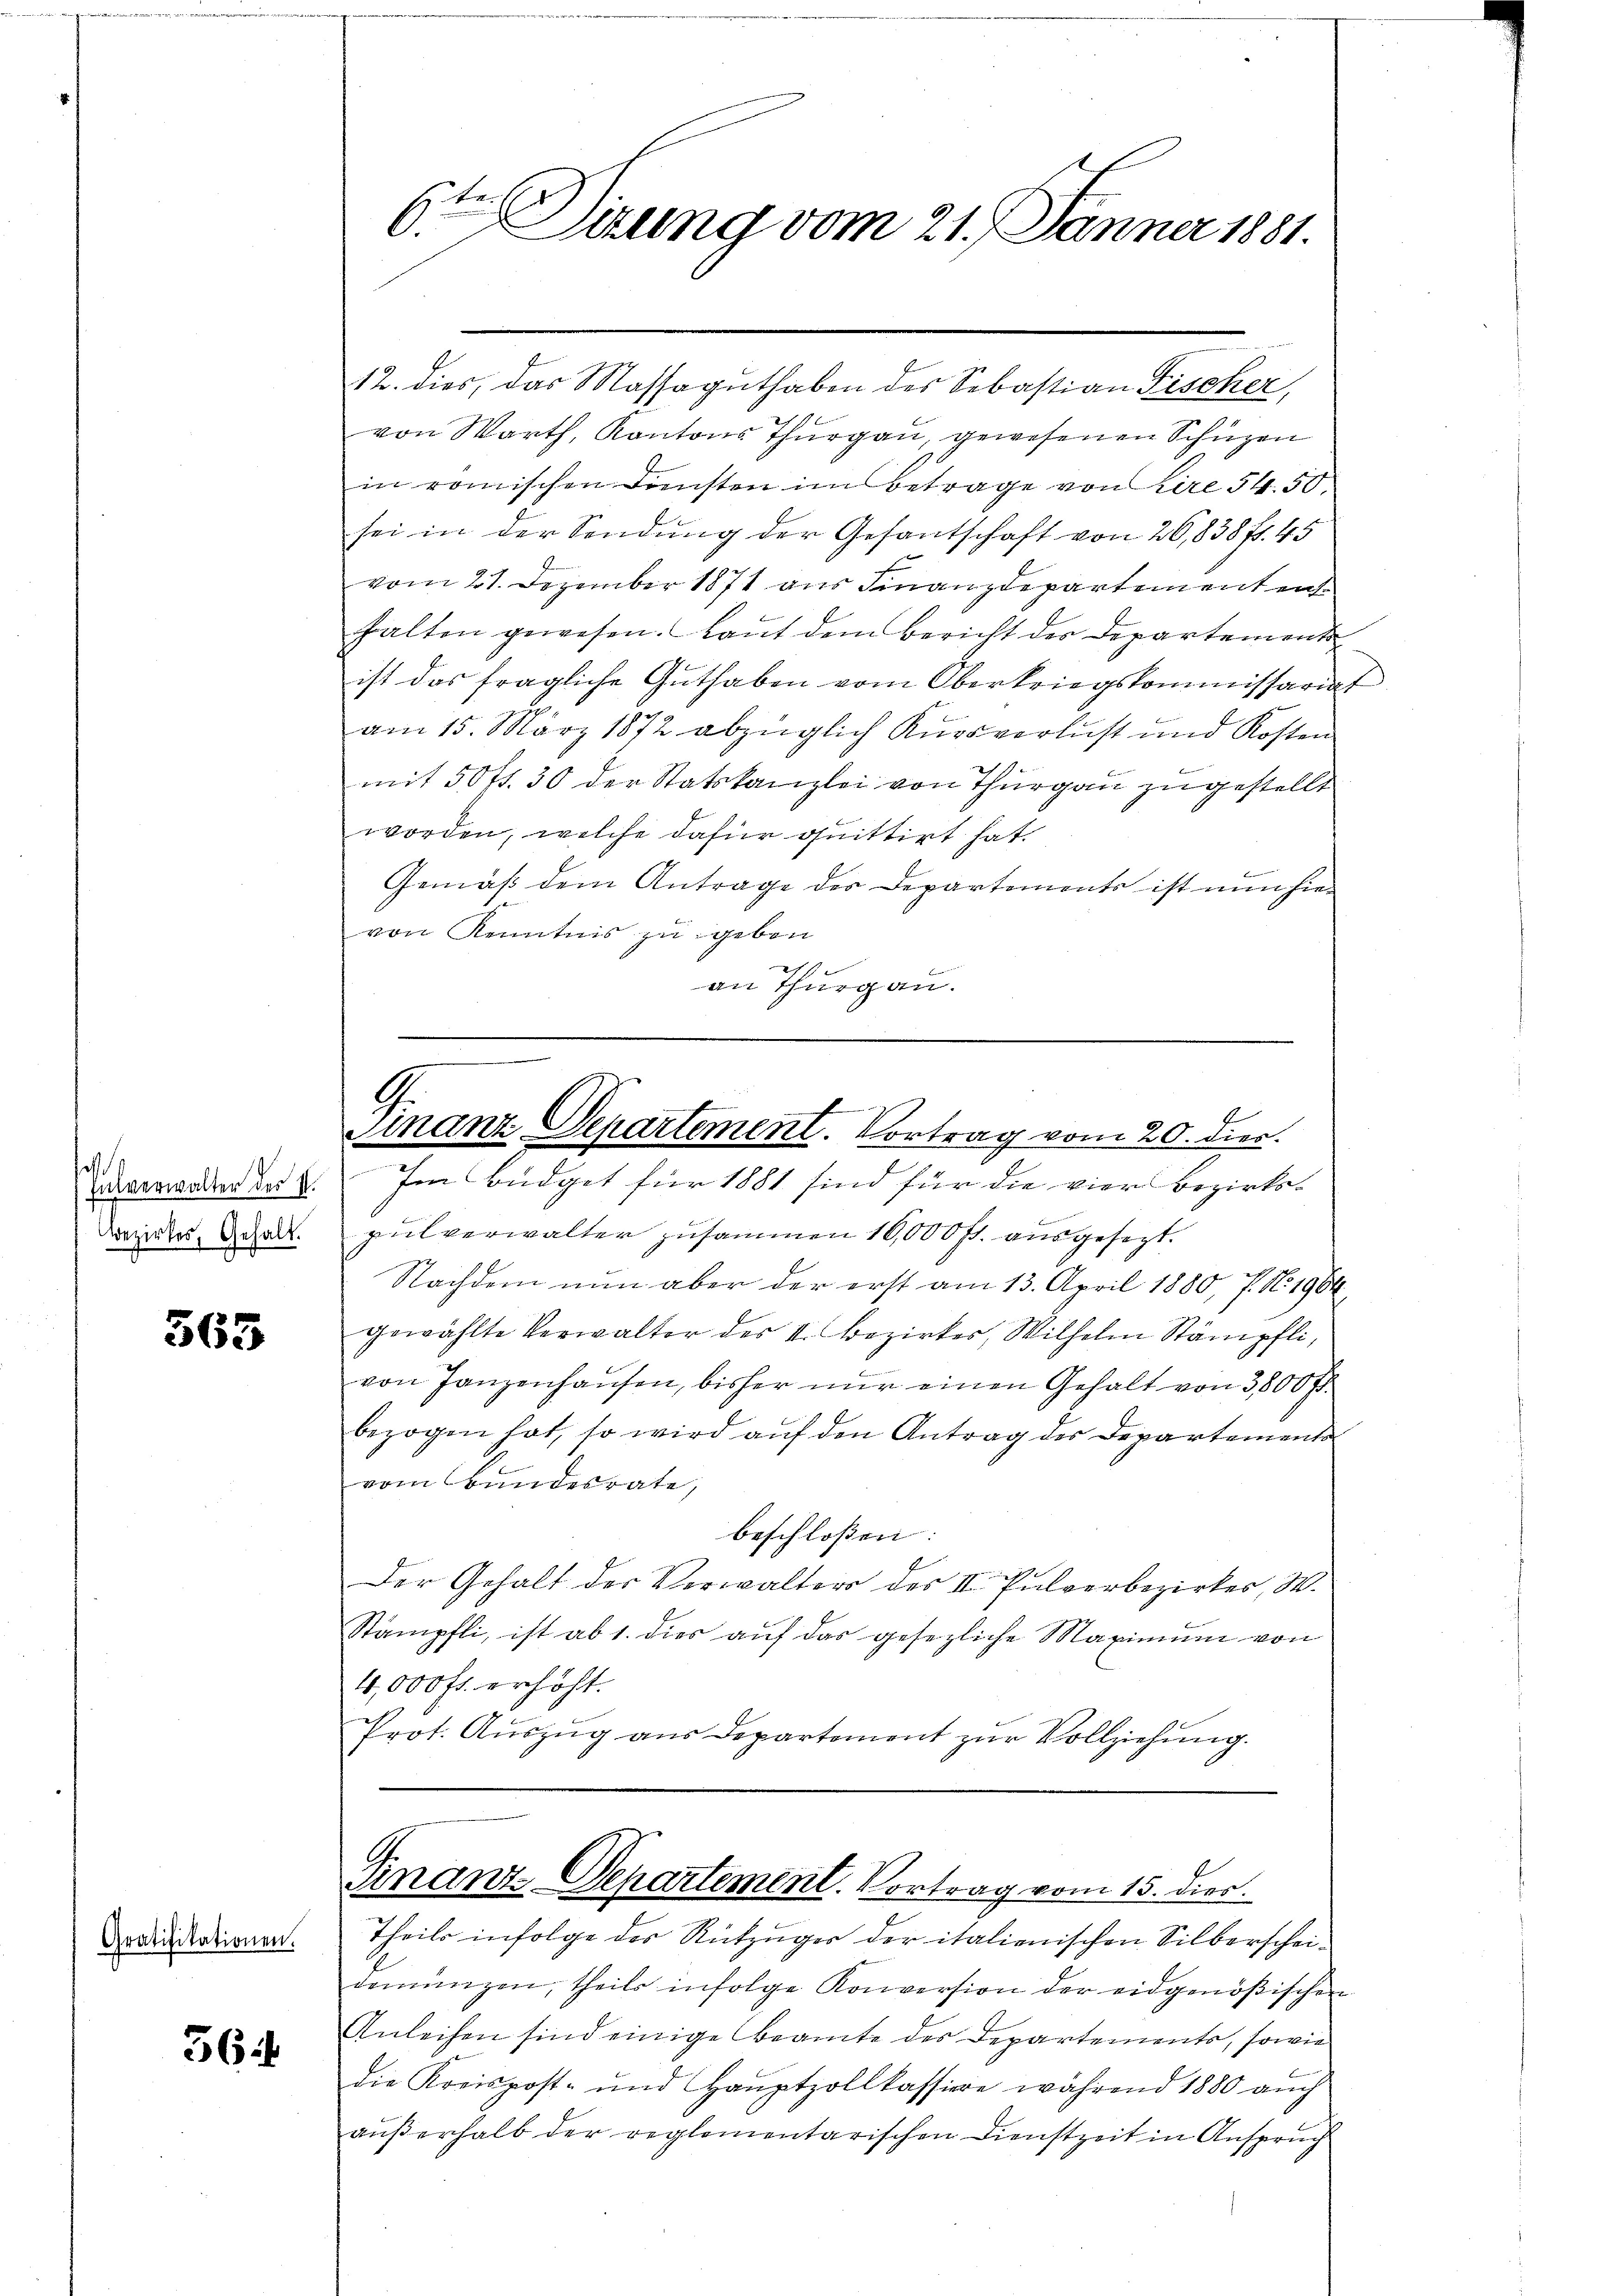
a
Bezirkes, Gehalt.

565

Gratifikationen.

564

6ten Sitzung vom 21. Jänner 1881.

von Warth, Kantons Thurgau, gewesenen Schüzen
in römischen Diensten im Betrage von Kire 54. 50.
sei in der Sendung der Gesantschaft von 20,838 f. 45
vom 21. Dezember 1871 aus Finanzdepartement ent
halten gewesen. Kant dem Bericht der Departement
ist das fragliche Guthaben vom Oberkriegskommissariat
am 15. März 1872 abzüglich Kursverlust und Kosten
mit 50 fl. 30 der Statskanzlei von Thurgau zugestellt
worden, welche dafür quittirt hat.
Gemäß dem Antrage der Departemente ist nun hievon Kenntnis zu geben
an Thurgau.
—

a
12. dies, das Massaguthaben des Sebastian Fischer,

verweder der 2. Im Büdget für 1881 sind für die vier Bezirkspulverwalter zusammen 16,000 fl. ausgesezt.
Nachdem nun aber der erst am 13. April 1880, 7. No. 1964
gewählte Verwalter der II. Bezirkes, Wilhelm Stämpfli,
von Janzenhausen, bisher nur einen Gehalt von 3,800 f
bezogen hat, so wird aŭf den Antrag des Departements
vom Bundesrate,
beschlossen:
Der Gehalt der Verwalters des III. Pulverbezirkes, 3.
Stämpfli, ist ab 1. dies aŭf das gesezliche Maximŭm von
4,000 fr. erhöht.
Prot. Auszug aus Departement zur Vollziehung.

G.
Finanz Departement. Vortrag vom 20. dies.

Einanz-Departement. Vortrag vom 15. dies

Theils infolge der Rützüger der italienischen Silberschei
demünzen, theils infolge Konversion der eidgenößischen
Anleihen sind einige Beamte des Departements, sowie
die Kreispost- und Haŭptzollkassiere während 1880 aŭch
außerhalb der reglementarischen Dienstzeit in Anspruch